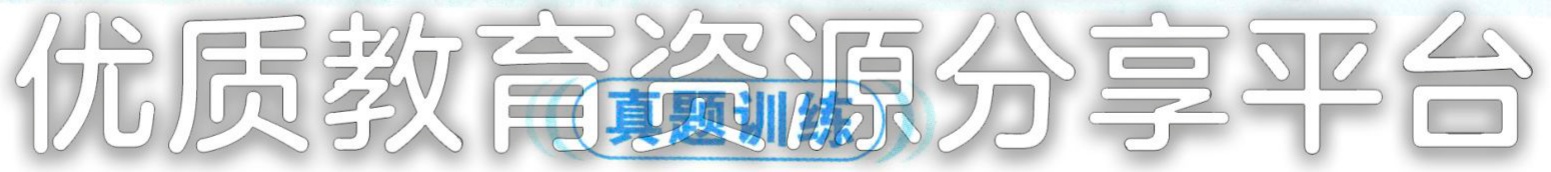
优质教育资源分享平台 真题训练